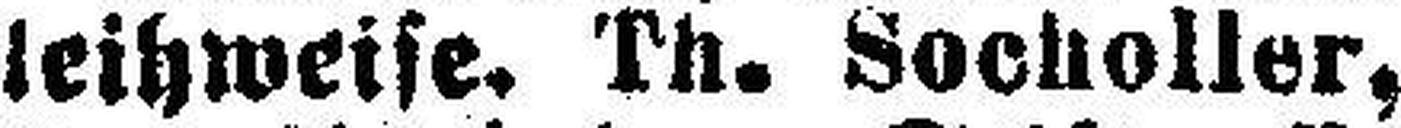
leihweise. Th. Socholler,